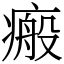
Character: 瘢